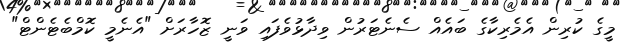
މީގެ ކުރިން އެމެރިކާގެ ބައެއް ސެނެޓަރުން ވިދާޅުވެފައި ވަނީ ޒޮހާރަށް "އެނެމީ ކޮމްބެޓެންޓް"